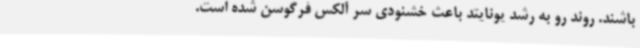
باشند. روند رو به رشد یونایتد باعث خشنودی سر آلکس فرگوسن شده است.